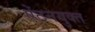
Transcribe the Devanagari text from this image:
ऐंठनयुक्त